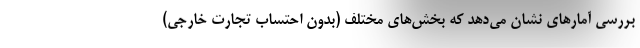
بررسی آمارهای نشان می‌دهد که بخش‌های مختلف (بدون احتساب تجارت خارجی)